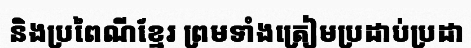
និងប្រពៃណីខ្មែរ ព្រមទាំងត្រៀមប្រដាប់ប្រដា